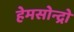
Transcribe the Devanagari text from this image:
हेमसोन्द्रो